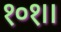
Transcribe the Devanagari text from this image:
१०१।।